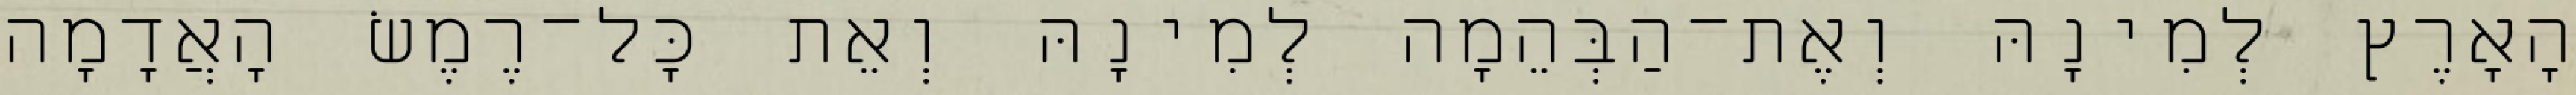
הָאָרֶץ לְמִינָהּ וְאֶת־הַבְּהֵמָה לְמִינָהּ וְאֵת כָּל־רֶמֶשׂ הָאֲדָמָה